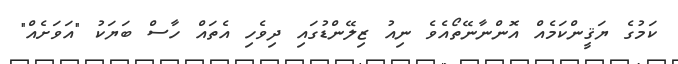
ކަމުގެ ޔަޤީންކަމެއް އޮންނާނޭތޯއެވެ ނިއު ޒިލޭންޑުގައި ދިވެހި އެތައް ހާސް ބަޔަކު "އަވަށެއް"